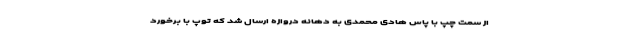
از سمت چپ با پاس هادی محمدی به دهانه دروازه ارسال شد که توپ با برخورد